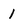
Character: 1